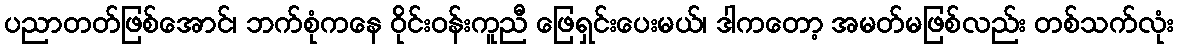
ပညာတတ်ဖြစ်အောင်၊ ဘက်စုံကနေ ဝိုင်းဝန်းကူညီ ဖြေရှင်းပေးမယ်၊ ဒါကတော့ အမတ်မဖြစ်လည်း တစ်သက်လုံး